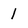
Character: 1